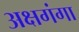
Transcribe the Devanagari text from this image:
अक्षगंगा